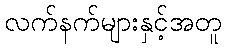
လက်နက်များနှင့်အတူ